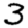
Digit: 3